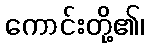
ကောင်းတို့၏၊